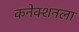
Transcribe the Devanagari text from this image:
कनेक्शनला